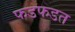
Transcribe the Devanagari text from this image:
फडफडत